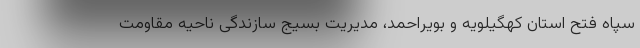
سپاه فتح استان کهگیلویه و بویراحمد، مدیریت بسیج سازندگی ناحیه مقاومت